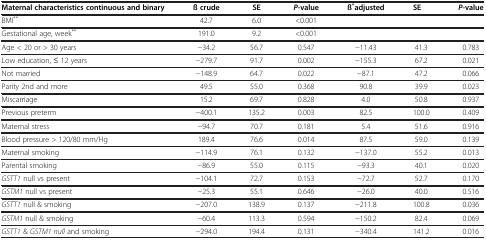
<table><thead><tr><td><b>Maternal characteristics continuous and binary</b></td><td><b>ß crude</b></td><td><b>SE</b></td><td><b><i>P</i>-value</b></td><td><b>ß<sup>*</sup>adjusted</b></td><td><b>SE</b></td><td><b><i>P</i>-value</b></td></tr></thead><tbody><tr><td>BMI<sup>**</sup></td><td>42.7</td><td>6.0</td><td>&lt;0.001</td><td> </td><td> </td><td> </td></tr><tr><td>Gestational age, week<sup>**</sup></td><td>191.0</td><td>9.2</td><td>&lt;0.001</td><td> </td><td> </td><td> </td></tr><tr><td>Age &lt; 20 or &gt; 30 years</td><td>−34.2</td><td>56.7</td><td>0.547</td><td>−11.43</td><td>41.3</td><td>0.783</td></tr><tr><td>Low education, ≤ 12 years</td><td>−279.7</td><td>91.7</td><td>0.002</td><td>−155.3</td><td>67.2</td><td>0.021</td></tr><tr><td>Not married</td><td>−148.9</td><td>64.7</td><td>0.022</td><td>−87.1</td><td>47.2</td><td>0.066</td></tr><tr><td>Parity 2nd and more</td><td>49.5</td><td>55.0</td><td>0.368</td><td>90.8</td><td>39.9</td><td>0.023</td></tr><tr><td>Miscarriage</td><td>15.2</td><td>69.7</td><td>0.828</td><td>4.0</td><td>50.8</td><td>0.937</td></tr><tr><td>Previous preterm</td><td>−400.1</td><td>135.2</td><td>0.003</td><td>82.5</td><td>100.0</td><td>0.409</td></tr><tr><td>Maternal stress</td><td>−94.7</td><td>70.7</td><td>0.181</td><td>5.4</td><td>51.6</td><td>0.916</td></tr><tr><td>Blood pressure &gt; 120/80 mm/Hg</td><td>189.4</td><td>76.6</td><td>0.014</td><td>87.5</td><td>59.0</td><td>0.139</td></tr><tr><td>Maternal smoking</td><td>−114.9</td><td>76.1</td><td>0.132</td><td>−137.0</td><td>55.2</td><td>0.013</td></tr><tr><td>Parental smoking</td><td>−86.9</td><td>55.0</td><td>0.115</td><td>−93.3</td><td>40.1</td><td>0.020</td></tr><tr><td><i>GSTT1</i> null vs present</td><td>−104.1</td><td>72.7</td><td>0.153</td><td>−72.7</td><td>52.7</td><td>0.170</td></tr><tr><td><i>GSTM1</i> null vs present</td><td>−25.3</td><td>55.1</td><td>0.646</td><td>−26.0</td><td>40.0</td><td>0.516</td></tr><tr><td><i>GSTT1</i> null &amp; smoking</td><td>−207.0</td><td>138.9</td><td>0.137</td><td>−211.8</td><td>100.8</td><td>0.036</td></tr><tr><td><i>GSTM1</i> null &amp; smoking</td><td>−60.4</td><td>113.3</td><td>0.594</td><td>−150.2</td><td>82.4</td><td>0.069</td></tr><tr><td><i>GSTT1</i> &amp;<i>GSTM1 null</i> and smoking</td><td>−294.0</td><td>194.4</td><td>0.131</td><td>−340.4</td><td>141.2</td><td>0.016</td></tr></tbody></table>